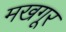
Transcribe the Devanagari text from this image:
मखगूर